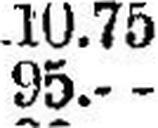
95.—